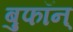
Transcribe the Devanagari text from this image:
बुफॉन्